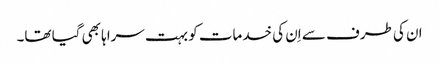
ان کی طرف سے اِن کی خدمات کو بہت سراہا بھی گیا تھا۔